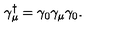
\gamma _ { \mu } ^ { \dagger } = \gamma _ { 0 } \gamma _ { \mu } \gamma _ { 0 } .